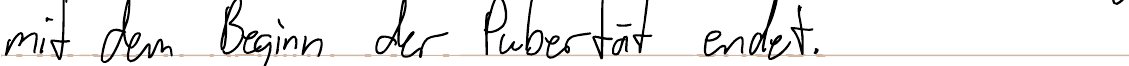
mit dem Beginn der Pubertät endet.